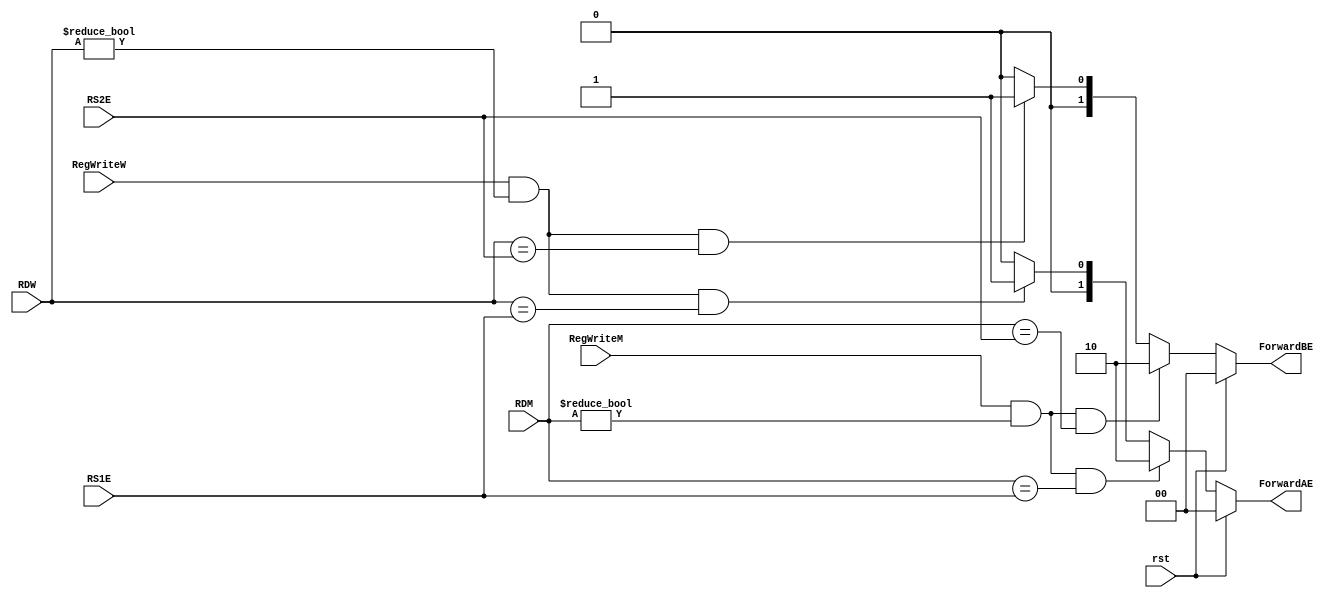
`timescale 1ns / 1ps
//////////////////////////////////////////////////////////////////////////////////
// Company: 
// Engineer: 
// 
// Design Name: 
// Module Name:    Hazard_Unit 
// Project Name: 
// Target Devices: 
// Tool versions: 
// Description: 
//
// Dependencies: 
//
// Revision: 
// Revision 0.01 - File Created
// Additional Comments: 
//
//////////////////////////////////////////////////////////////////////////////////
module Hazard_Unit(
    input rst,
    input RegWriteM, RegWriteW,
    input [4:0] RS1E, RS2E,
    input [4:0] RDM, RDW,
    output reg [1:0] ForwardAE, ForwardBE
);

//ForwardAE
    always @(*) begin
        if (rst == 1'b1) begin
            ForwardAE = 2'b00;
        end else if ((RegWriteM == 1'b1) && (RDM != 5'h00) && (RDM == RS1E)) begin
            ForwardAE = 2'b10;
        end else if ((RegWriteW == 1'b1) && (RDW != 5'h00) && (RDW == RS1E)) begin
            ForwardAE = 2'b01;
        end else begin
            ForwardAE = 2'b00;
        end
    end
    
//ForwardBE
always @(*) begin
    if (rst == 1'b1) begin
        ForwardBE = 2'b00;
    end else if ((RegWriteM == 1'b1) && (RDM != 5'h00) && (RDM == RS2E)) begin
        ForwardBE = 2'b10;
    end else if ((RegWriteW == 1'b1) && (RDW != 5'h00) && (RDW == RS2E)) begin
        ForwardBE = 2'b01;
    end else begin
        ForwardBE = 2'b00;
    end
end


endmodule